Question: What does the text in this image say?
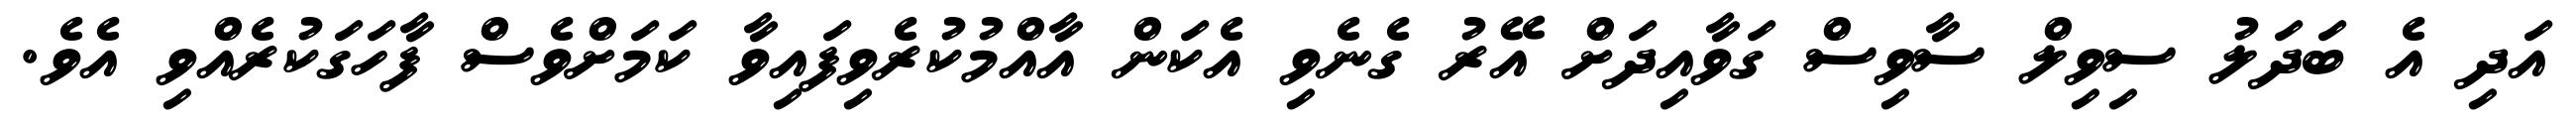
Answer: އަދި އެ ބަދަލު ސިވިލް ސާވިސް ގަވާއިދަށް އޭރު ގެނެވި އެކަން އާއްމުކުރެވިފައިވާ ކަމަށްވެސް ފާހަގަކުރެއްވި އެވެ.